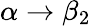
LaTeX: \alpha\rightarrow\beta_{2}